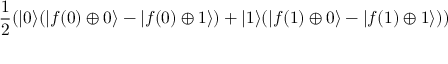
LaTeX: { \frac { 1 } { 2 } } ( | 0 \rangle ( | f ( 0 ) \oplus 0 \rangle - | f ( 0 ) \oplus 1 \rangle ) + | 1 \rangle ( | f ( 1 ) \oplus 0 \rangle - | f ( 1 ) \oplus 1 \rangle ) )